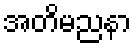
အတိမညနာ